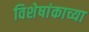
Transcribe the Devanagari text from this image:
विशेषांकाच्या